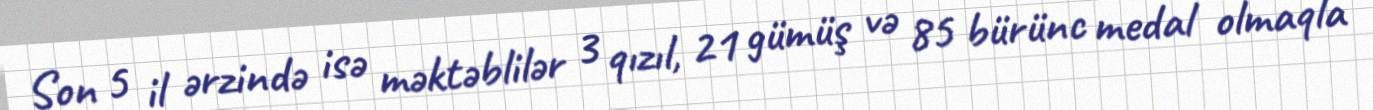
Son 5 il ərzində isə məktəblilər 3 qızıl, 21 gümüş və 85 bürünc medal olmaqla